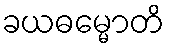
ခယဓမ္မောတိ